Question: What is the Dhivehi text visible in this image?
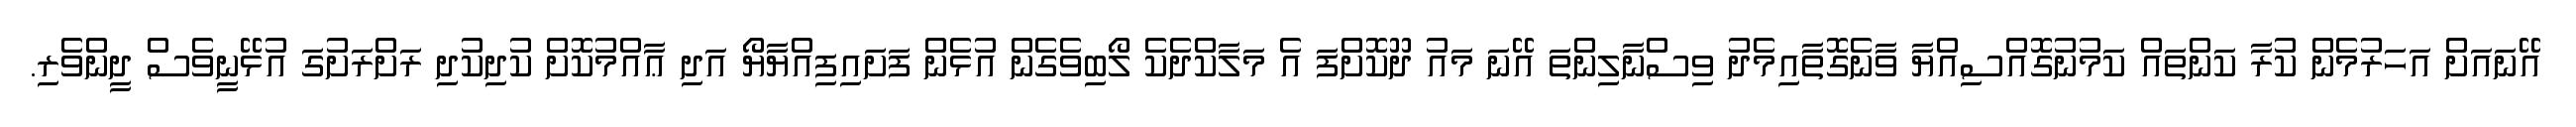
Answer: އޭނައަށް އަހަރުމެން ކުރާ ކަންތައް ކަމުނުގޮއްސިއްޔާ ވާނެގޮތާއިމެދު ވިސްނާލިންތަ އޭނަ މައު ދޫކޮށްފަ އެ މަލާކްދެކެ ލޯބިވެގެން އުޅެން ފަށައިފިއްޔާޔޯ އަދި ޢާއްމުކޮށް ކުދިކުދި ރަށްރަށުގަ އުޅޭނީވެސް ދީންވެރި.